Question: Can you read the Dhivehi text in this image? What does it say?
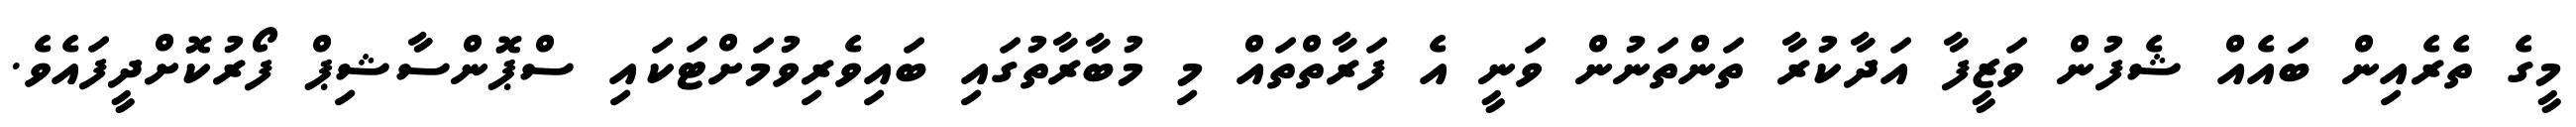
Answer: މީގެ ތެރެއިން ބައެއް ޝެފުން ވަޒީފާ އަދާކުރާ ތަންތަނުން ވަނީ އެ ފަރާތްތައް މި މުބާރާތުގައި ބައިވެރިވުމަށްޓަކައި ސްޕޮންސާޝިޕް ފޯރުކޮށްދީފައެވެ.